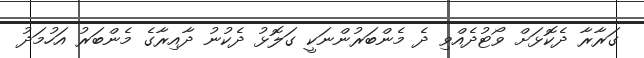
ގަރާރާ ދެކޮޅަށް ވޯޓުދެއްވި ދެ މެންބަރުންނަކީ ގަލޮޅު ދެކުނު ދާއިރާގެ މެންބަރު އަހުމަދު